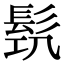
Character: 𩬛